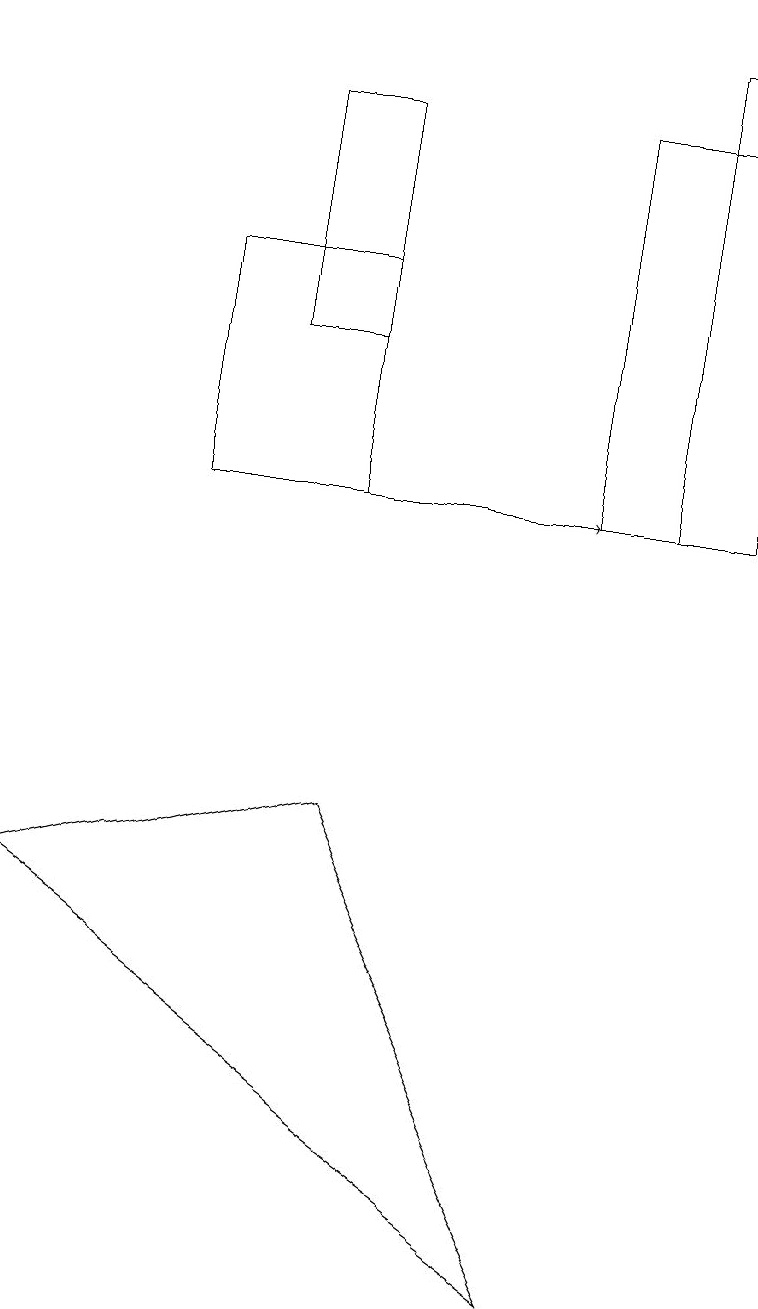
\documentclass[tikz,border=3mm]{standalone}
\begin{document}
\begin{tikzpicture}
\draw (3,15) rectangle (4,12);
\draw (2,13) rectangle (4,10);
\draw (9,15) rectangle (7,10);
\draw (4,6) -- (0,5) -- (7,0) -- cycle;
\draw[->] (3,10) -- (7,10);
\draw (9,16) rectangle (8,10);
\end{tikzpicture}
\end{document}